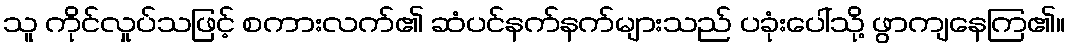
သူ ကိုင်လှုပ်သဖြင့် စကားလက်၏ ဆံပင်နက်နက်များသည် ပခုံးပေါ်သို့ ဖွာကျနေကြ၏။